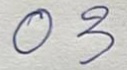
03